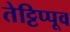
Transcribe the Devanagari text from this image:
तेट्टिप्पूव